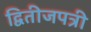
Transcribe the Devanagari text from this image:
द्वितीजपत्री